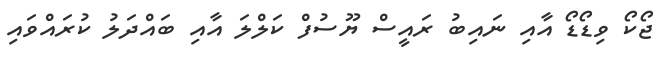
ޖޯކޯ ވިޑޯޑޯ އާއި ނައިބު ރައީސް ޔޫސުފް ކަލްލަ އާއި ބައްދަލު ކުރައްވައި